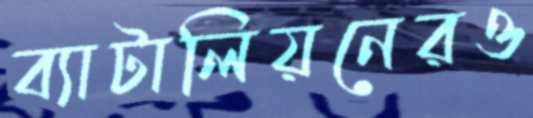
ব্যাটালিয়নেরও